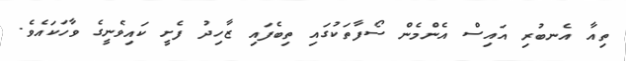
ތިއާ އެނބުރި އައިސް އެންމެން ސޯފާތަކުގައި ތިބެފައި ޒާހިދު ފެށީ ކައިވެނީގެ ވާހަކައެވެ.